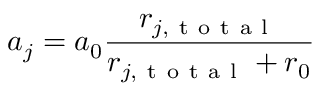
a _ { j } = a _ { 0 } \frac { r _ { j , \mathrm { ~ t ~ o ~ t ~ a ~ l ~ } } } { r _ { j , \mathrm { ~ t ~ o ~ t ~ a ~ l ~ } } + r _ { 0 } }